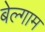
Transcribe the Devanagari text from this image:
बेल्गाम